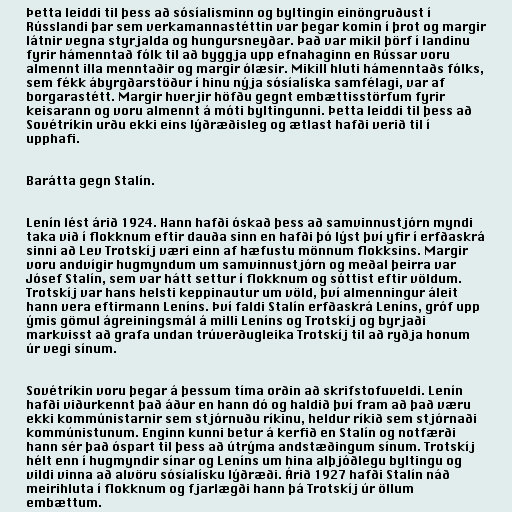
Þetta leiddi til þess að sósíalisminn og byltingin einöngruðust í
Rússlandi þar sem verkamannastéttin var þegar komin í þrot og margir
látnir vegna styrjalda og hungursneyðar. Það var mikil þörf í landinu
fyrir hámenntað fólk til að byggja upp efnahaginn en Rússar voru
almennt illa menntaðir og margir ólæsir. Mikill hluti hámenntaðs fólks,
sem fékk ábyrgðarstöður í hinu nýja sósíalíska samfélagi, var af
borgarastétt. Margir hverjir höfðu gegnt embættisstörfum fyrir
keisarann og voru almennt á móti byltingunni. Þetta leiddi til þess að
Sovétríkin urðu ekki eins lýðræðisleg og ætlast hafði verið til í
upphafi.

Barátta gegn Stalín.

Lenín lést árið 1924. Hann hafði óskað þess að samvinnustjórn myndi
taka við í flokknum eftir dauða sinn en hafði þó lýst því yfir í erfðaskrá
sinni að Lev Trotskíj væri einn af hæfustu mönnum flokksins. Margir
voru andvígir hugmyndum um samvinnustjórn og meðal þeirra var
Jósef Stalín, sem var hátt settur í flokknum og sóttist eftir völdum.
Trotskíj var hans helsti keppinautur um völd, því almenningur áleit
hann vera eftirmann Leníns. Því faldi Stalín erfðaskrá Leníns, gróf upp
ýmis gömul ágreiningsmál á milli Leníns og Trotskíj og byrjaði
markvisst að grafa undan trúverðugleika Trotskíj til að ryðja honum
úr vegi sínum.

Sovétríkin voru þegar á þessum tíma orðin að skrifstofuveldi. Lenín
hafði viðurkennt það áður en hann dó og haldið því fram að það væru
ekki kommúnistarnir sem stjórnuðu ríkinu, heldur ríkið sem stjórnaði
kommúnistunum. Enginn kunni betur á kerfið en Stalín og notfærði
hann sér það óspart til þess að útrýma andstæðingum sínum. Trotskíj
hélt enn í hugmyndir sínar og Leníns um hina alþjóðlegu byltingu og
vildi vinna að alvöru sósíalísku lýðræði. Árið 1927 hafði Stalín náð
meirihluta í flokknum og fjarlægði hann þá Trotskíj úr öllum
embættum.